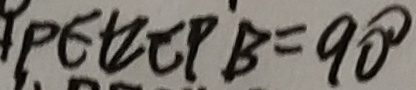
P E + \angle C P B = 9 0 ^ { \circ }